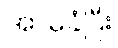
အာမခံပြီး